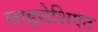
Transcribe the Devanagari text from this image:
लाइसेशिएट